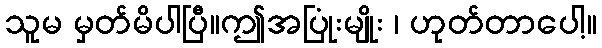
သူမ မှတ်မိပါပြီ။ဤအပြုံးမျိုး ၊ ဟုတ်တာပေါ့။